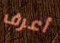
أعرف